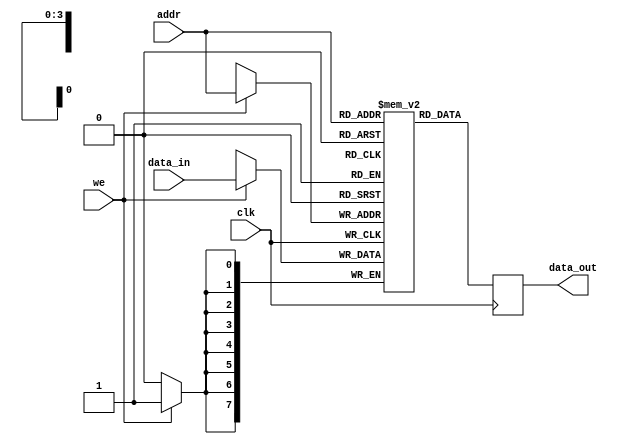
module parameterized_ram #(
    parameter DATA_WIDTH = 8,           // Width of the data
    parameter ADDR_WIDTH = 4             // Address width to define depth (2^ADDR_WIDTH)
)(
    input wire clk,                      // Clock signal
    input wire we,                       // Write enable signal
    input wire [ADDR_WIDTH-1:0] addr,   // Address input
    input wire [DATA_WIDTH-1:0] data_in, // Input data bus
    output reg [DATA_WIDTH-1:0] data_out // Output data bus
);
    
    // Memory array declaration
    reg [DATA_WIDTH-1:0] ram [0:(2**ADDR_WIDTH)-1];

    // Synchronous write and read operations
    always @(posedge clk) begin
        if (we) begin
            ram[addr] <= data_in;         // Write data to memory
        end
        data_out <= ram[addr];            // Read data from memory
    end

    // Optional: Asynchronous reset logic can be added if needed
    /*
    always @(posedge clk or posedge reset) begin
        if (reset) begin
            integer i;
            for (i = 0; i < (2**ADDR_WIDTH); i = i + 1) begin
                ram[i] <= {DATA_WIDTH{1'b0}}; // Reset memory to zero
            end
        end
        else begin
            if (we) begin
                ram[addr] <= data_in;
            end
            data_out <= ram[addr];
        end
    end
    */

endmodule